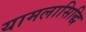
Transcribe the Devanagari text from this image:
यामलासिद्धि